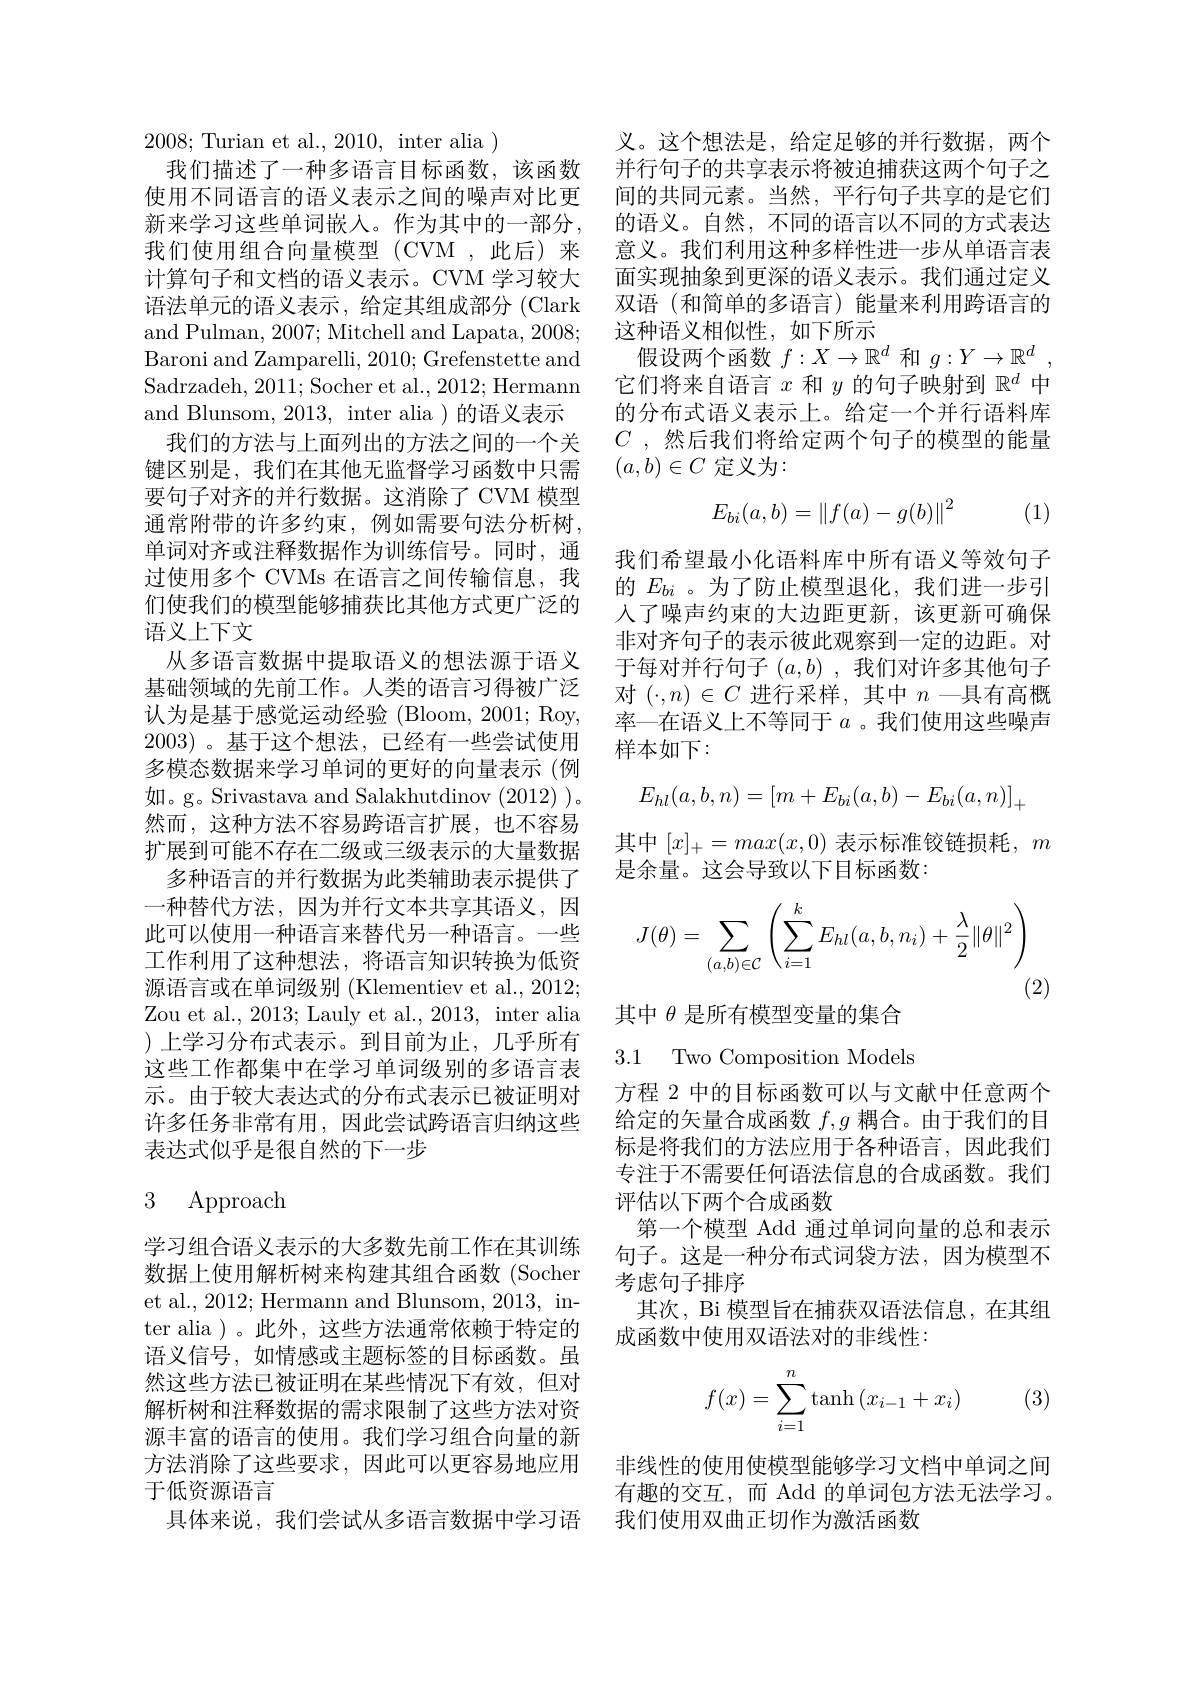
义。这个想法是，给定足够的并行数据，两个并行句子的共享表示将被迫捕获这两个句子之间的共同元素。当然，平行句子共享的是它们的语义。自然，不同的语言以不同的方式表达意义。我们利用这种多样性进一步从单语言表面实现抽象到更深的语义表示。我们通过定义双语(和简单的多语言)能量来利用跨语言的这种语义相似性，如下所示
假设两个函数$f:X\to\mathbb{R}^d$和$g: Y\to \mathbb{R} ^d$ , 它们将来自语言$x$和$y$的句子映射到$\mathbb{R}^d$中的分布式语义表示上。给定一个并行语料库$C$ ,然后我们将给定两个句子的模型的能量$(a,b)\in C$定义为：
$$E_{bi}(a,b)=\left\|f(a)-g(b)\right\|^2$$
(1)

我们希望最小化语料库中所有语义等效句子的$E_{bi}$ 。为了防止模型退化，我们进一步引人了噪声约束的大边距更新，该更新可确保非对齐句子的表示彼此观察到一定的边距。对于每对并行句子$(a,b)$ ,我们对许多其他句子对$(\cdot,n)\in C$进行采样，其中$n-$具有高概率—在语义上不等同于$a$ 。我们使用这些噪声样本如下：

2008; Turian et al., 2010, inter alia )
我们描述了一种多语言目标函数，该函数使用不同语言的语义表示之间的噪声对比更新来学习这些单词嵌入。作为其中的一部分， 我们使用组合向量模型(CVM,此后)来计算句子和文档的语义表示。CVM 学习较大语法单元的语义表示，给定其组成部分 (Clark and Pulman, 2007; Mitchell and Lapata, 2008; Baroni and Zamparelli, 2010; Grefenstette and Sadrzadeh, 2011; Socher et al. , 2012; Hermann and Blunsom, 2013, inter alia ) 的语义表示
我们的方法与上面列出的方法之间的一个关键区别是，我们在其他无监督学习函数中只需要句子对齐的并行数据。这消除了 CVM 模型通常附带的许多约束，例如需要句法分析树， 单词对齐或注释数据作为训练信号。同时，通过使用多个 CVMs 在语言之间传输信息，我们使我们的模型能够捕获比其他方式更广泛的语义上下文
从多语言数据中提取语义的想法源于语义基础领域的先前工作。人类的语言习得被广泛认为是基于感觉运动经验(Bloom,2001;Roy, 2003)。基于这个想法，已经有一些尝试使用多模态数据来学习单词的更好的向量表示 (例如。g。Srivastava and Salakhutdinov (2012) )。然而，这种方法不容易跨语言扩展，也不容易扩展到可能不存在二级或三级表示的大量数据
多种语言的并行数据为此类辅助表示提供了一种替代方法，因为并行文本共享其语义，因此可以使用一种语言来替代另一种语言。一些工作利用了这种想法，将语言知识转换为低资源语言或在单词级别 (Klementiev et al., 2012; Zou et al., 2013; Lauly et al., 2013, inter alia )上学习分布式表示。到目前为止，几乎所有这些工作都集中在学习单词级别的多语言表示。由于较大表达式的分布式表示已被证明对许多任务非常有用，因此尝试跨语言归纳这些表达式似乎是很自然的下一步

# 3 Approach

学习组合语义表示的大多数先前工作在其训练数据上使用解析树来构建其组合函数(Socher et al., 2012; Hermann and Blunsom, 2013, inter alia )。此外，这些方法通常依赖于特定的语义信号，如情感或主题标签的目标函数。虽然这些方法已被证明在某些情况下有效，但对解析树和注释数据的需求限制了这些方法对资源丰富的语言的使用。我们学习组合向量的新方法消除了这些要求，因此可以更容易地应用于低资源语言
具体来说，我们尝试从多语言数据中学习语
$$E_{hl}(a,b,n)=\left[m+E_{bi}(a,b)-E_{bi}(a,n)\right]_{+}$$
其中$[x]_+=max(x,0)$ 表示标准铰链损耗，$m$
是余量。这会导致以下目标函数：
$$J(\theta)=\sum_{(a,b)\in\mathcal{C}}\left(\sum_{i=1}^{k}E_{hl}(a,b,n_{i})+\frac{\lambda}{2}\|\theta\|^{2}\right)$$
(2)

其中$\theta$是所有模型变量的集合

3.1 Two Composition Models

方程 2 中的目标函数可以与文献中任意两个给定的矢量合成函数$f,g$耦合。由于我们的目标是将我们的方法应用于各种语言，因此我们专注于不需要任何语法信息的合成函数。我们评估以下两个合成函数
第一个模型 Add 通过单词向量的总和表示句子。这是一种分布式词袋方法，因为模型不考虑句子排序
其次，Bi 模型旨在捕获双语法信息，在其组
成函数中使用双语法对的非线性：
$$\begin{aligned}f(x)=\sum_{i=1}^n\tanh{(x_{i-1}+x_i)}\end{aligned}$$
(3)

非线性的使用使模型能够学习文档中单词之间有趣的交互，而 Add 的单词包方法无法学习。我们使用双曲正切作为激活函数